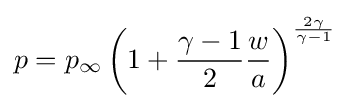
p=p_{\infty }\left(1+{\frac {\gamma -1}{2}}{\frac {w}{a}}\right)^{\frac {2\gamma }{\gamma -1}}